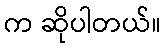
က ဆိုပါတယ်။